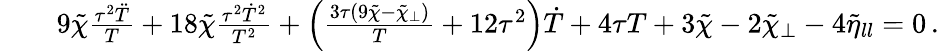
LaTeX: \begin{array}{rlr}&{}&{9\tilde{\chi}\frac{\tau^{2}\ddot{T}}{T}+18\tilde{\chi}\frac{\tau^{2}\dot{T}^{2}}{T^{2}}+\left(\frac{3\tau(9\tilde{\chi}-\tilde{\chi}_{\perp})}{T}+12\tau^{2}\right)\dot{T}+4\tau T+3\tilde{\chi}-2\tilde{\chi}_{\perp}-4\tilde{\eta}_{ll}=0\, .}\end{array}